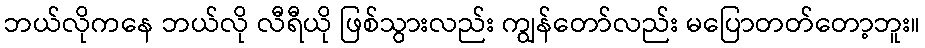
ဘယ်လိုကနေ ဘယ်လို လီရီယို ဖြစ်သွားလည်း ကျွန်တော်လည်း မပြောတတ်တော့ဘူး။